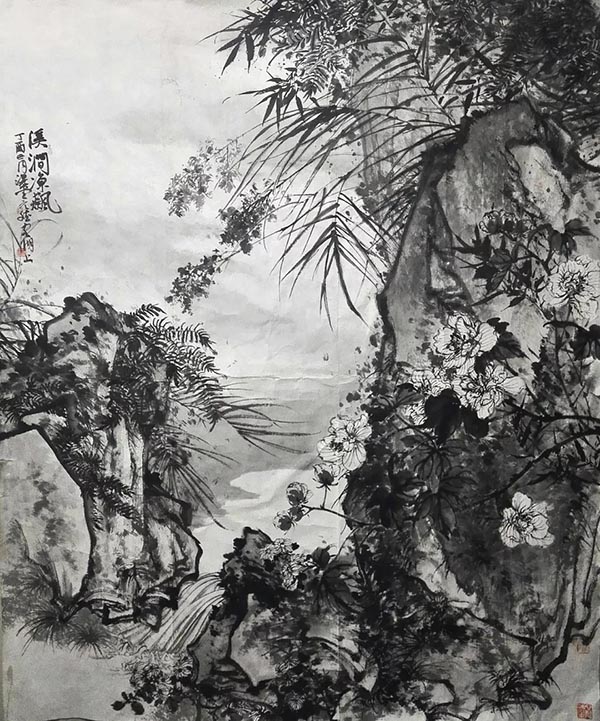
怜君片云思，一棹去潇湘。